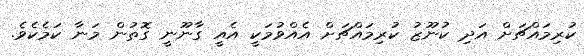
ކުރިމައްޗަށް އަދި ކުނޫޒު ކުރިމައްޗަށް އެއްްވުމަކީ އެއީ ގާނޫނީ ގޮތުން މަނާ ކަމެކެވެ.